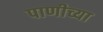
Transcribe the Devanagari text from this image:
पाणीच्या